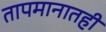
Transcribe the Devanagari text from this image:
तापमानातही